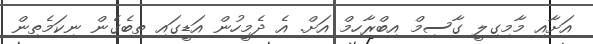
އަށާއި މާމިގިލީ ގާސިމް އިބްރާހިމް އަށް. އެ ދެމީހުން އަޑީގައި ތިބެގެން ނިކަމެތިން